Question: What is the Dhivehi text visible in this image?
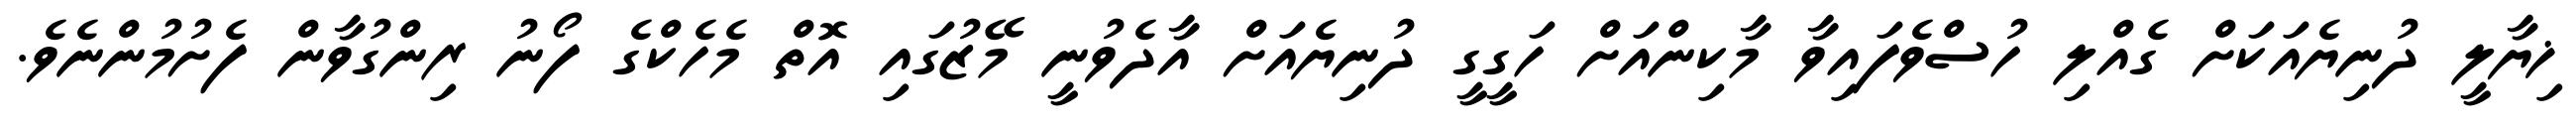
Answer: ޚިޔާލީ ދުނިޔެއަކަށް ގެއްލި ހުސްވެފައިވާ މާކިންއަށް ހަގީގީ ދުނިޔެއަށް އާދެވުނީ މޭޒުގައި އޮތް މެހެކްގެ ފޯނު ރިންގުވާން ފެށުމުންނެވެ.